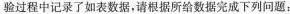
验过程中记录了如表数据，请根据所给数据完成下列问题：